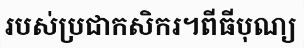
របស់ប្រជាកសិករ។ពីធីបុណ្យ